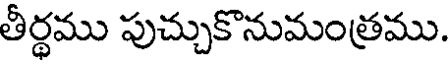
తీర్థము పుచ్చుకొనుమంత్రము.